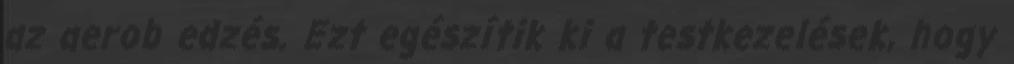
az aerob edzés. Ezt egészítik ki a testkezelések, hogy